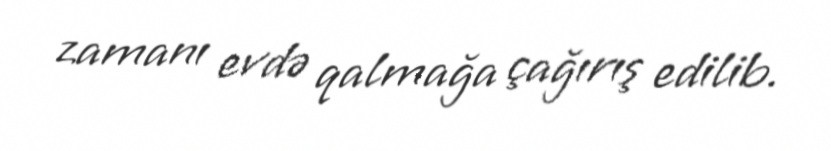
zamanı evdə qalmağa çağırış edilib.